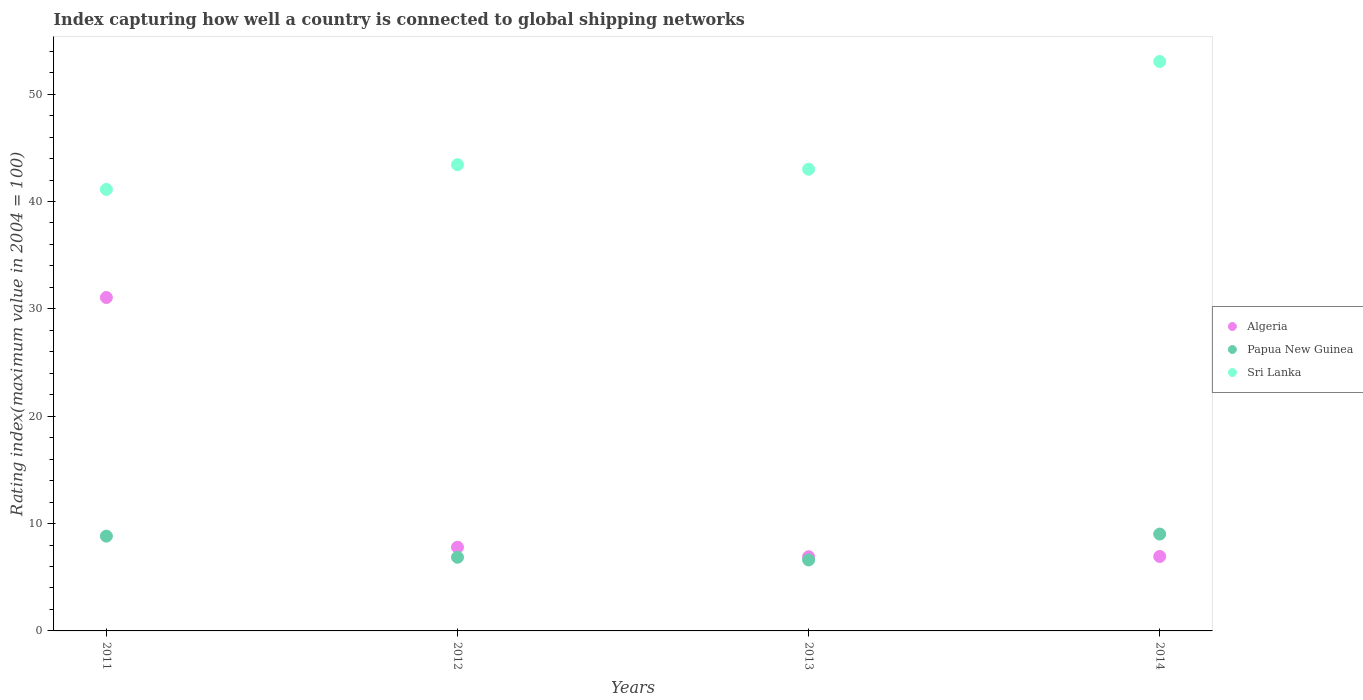
| Years | Algeria | Papua New Guinea | Sri Lanka |
 | --- | --- | --- | --- |
 | 2011 | 31.1 | 8.83 | 41.1 |
 | 2012 | 7.8 | 6.86 | 43.4 |
 | 2013 | 6.91 | 6.61 | 43 |
 | 2014 | 6.94 | 9.02 | 53 |